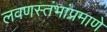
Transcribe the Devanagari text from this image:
लवणस्तंभांप्रमाणे